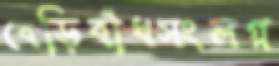
বেড়িবাঁধসংলগ্ন